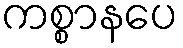
ကစ္စာနပေ